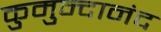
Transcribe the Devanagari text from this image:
कुमुन्दानंद